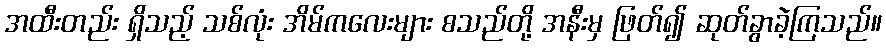
အထီးတည်း ရှိသည့် သစ်လုံး အိမ်ကလေးများ စသည်တို့ အနီးမှ ဖြတ်၍ ဆုတ်ခွာခဲ့ကြသည်။